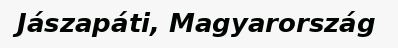
Jászapáti, Magyarország